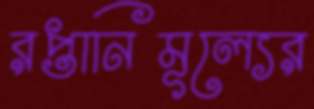
রপ্তানিমূল্যের